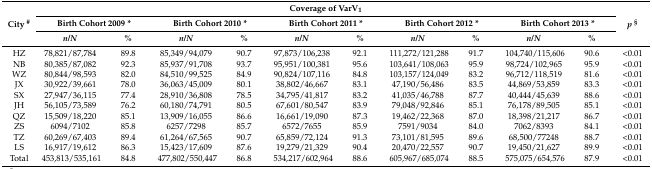
<table><thead><tr><td rowspan="3"><b>City <sup>#</sup></b></td><td colspan="10"><b>Coverage of VarV<sub>1</sub></b></td><td rowspan="3"><b><i>p</i><sup>§</sup></b></td></tr><tr><td colspan="2"><b>Birth Cohort 2009 *</b></td><td colspan="2"><b>Birth Cohort 2010 *</b></td><td colspan="2"><b>Birth Cohort 2011 *</b></td><td colspan="2"><b>Birth Cohort 2012 *</b></td><td colspan="2"><b>Birth Cohort 2013 *</b></td></tr><tr><td><b><i>n</i>/<i>N</i></b></td><td><b>%</b></td><td><b><i>n</i>/<i>N</i></b></td><td><b>%</b></td><td><b><i>n</i>/<i>N</i></b></td><td><b>%</b></td><td><b><i>n</i>/<i>N</i></b></td><td><b>%</b></td><td><b><i>n</i>/<i>N</i></b></td><td><b>%</b></td></tr></thead><tbody><tr><td>HZ</td><td>78,821/87,784</td><td>89.8</td><td>85,349/94,079</td><td>90.7</td><td>97,873/106,238</td><td>92.1</td><td>111,272/121,288</td><td>91.7</td><td>104,740/115,606</td><td>90.6</td><td>&lt;0.01</td></tr><tr><td>NB</td><td>80,385/87,082</td><td>92.3</td><td>85,937/91,708</td><td>93.7</td><td>95,951/100,381</td><td>95.6</td><td>103,641/108,063</td><td>95.9</td><td>98,724/102,965</td><td>95.9</td><td>&lt;0.01</td></tr><tr><td>WZ</td><td>80,844/98,593</td><td>82.0</td><td>84,510/99,525</td><td>84.9</td><td>90,824/107,116</td><td>84.8</td><td>103,157/124,049</td><td>83.2</td><td>96,712/118,519</td><td>81.6</td><td>&lt;0.01</td></tr><tr><td>JX</td><td>30,922/39,661</td><td>78.0</td><td>36,063/45,009</td><td>80.1</td><td>38,802/46,667</td><td>83.1</td><td>47,190/56,486</td><td>83.5</td><td>44,869/53,859</td><td>83.3</td><td>&lt;0.01</td></tr><tr><td>SX</td><td>27,947/36,115</td><td>77.4</td><td>28,910/36,808</td><td>78.5</td><td>34,795/41,817</td><td>83.2</td><td>41,035/46,788</td><td>87.7</td><td>40,444/45,639</td><td>88.6</td><td>&lt;0.01</td></tr><tr><td>JH</td><td>56,105/73,589</td><td>76.2</td><td>60,180/74,791</td><td>80.5</td><td>67,601/80,547</td><td>83.9</td><td>79,048/92,846</td><td>85.1</td><td>76,178/89,505</td><td>85.1</td><td>&lt;0.01</td></tr><tr><td>QZ</td><td>15,509/18,220</td><td>85.1</td><td>13,909/16,055</td><td>86.6</td><td>16,661/19,090</td><td>87.3</td><td>19,462/22,368</td><td>87.0</td><td>18,398/21,217</td><td>86.7</td><td>&lt;0.01</td></tr><tr><td>ZS</td><td>6094/7102</td><td>85.8</td><td>6257/7298</td><td>85.7</td><td>6572/7655</td><td>85.9</td><td>7591/9034</td><td>84.0</td><td>7062/8393</td><td>84.1</td><td>&lt;0.01</td></tr><tr><td>TZ</td><td>60,269/67,403</td><td>89.4</td><td>61,264/67,565</td><td>90.7</td><td>65,859/72,124</td><td>91.3</td><td>73,101/81,595</td><td>89.6</td><td>68,500/77248</td><td>88.7</td><td>&lt;0.01</td></tr><tr><td>LS</td><td>16,917/19,612</td><td>86.3</td><td>15,423/17,609</td><td>87.6</td><td>19,279/21,329</td><td>90.4</td><td>20,470/22,557</td><td>90.7</td><td>19,450/21,627</td><td>89.9</td><td>&lt;0.01</td></tr><tr><td>Total</td><td>453,813/535,161</td><td>84.8</td><td>477,802/550,447</td><td>86.8</td><td>534,217/602,964</td><td>88.6</td><td>605,967/685,074</td><td>88.5</td><td>575,075/654,576</td><td>87.9</td><td>&lt;0.01</td></tr></tbody></table>